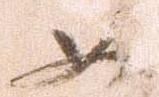
如